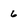
Character: 6